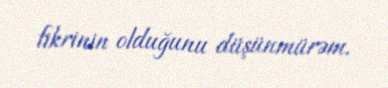
fikrinin olduğunu düşünmürəm.